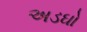
અડઘો